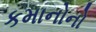
કમાનોનો